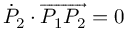
{ \dot { P } } _ { 2 } \cdot \overrightarrow { P _ { 1 } P _ { 2 } } = 0